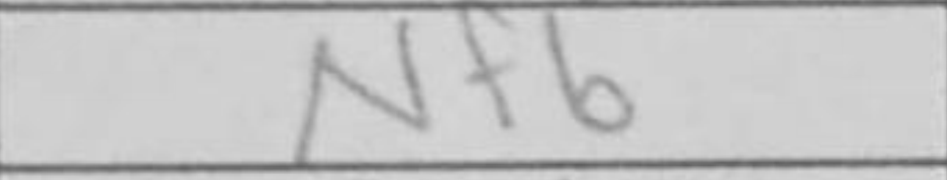
Transcription: Nf6